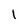
Character: 1